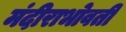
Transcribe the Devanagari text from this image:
मंदीराभोवती